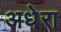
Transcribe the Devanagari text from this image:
अधेरा